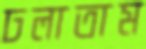
ঢলাতাম